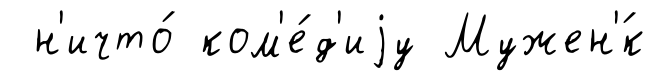
н'ичто́ ком'е́д'иjу Мужен'́к